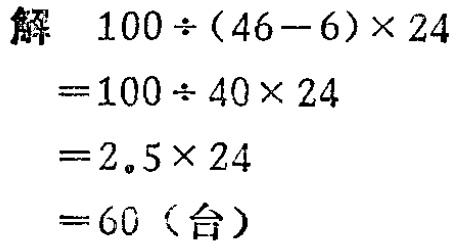
解
\[
\begin{align*}
&100\div(46 - 6)\times24\\
=&100\div40\times24\\
=&2.5\times24\\
=&60（台）
\end{align*}
\]